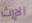
الإرث